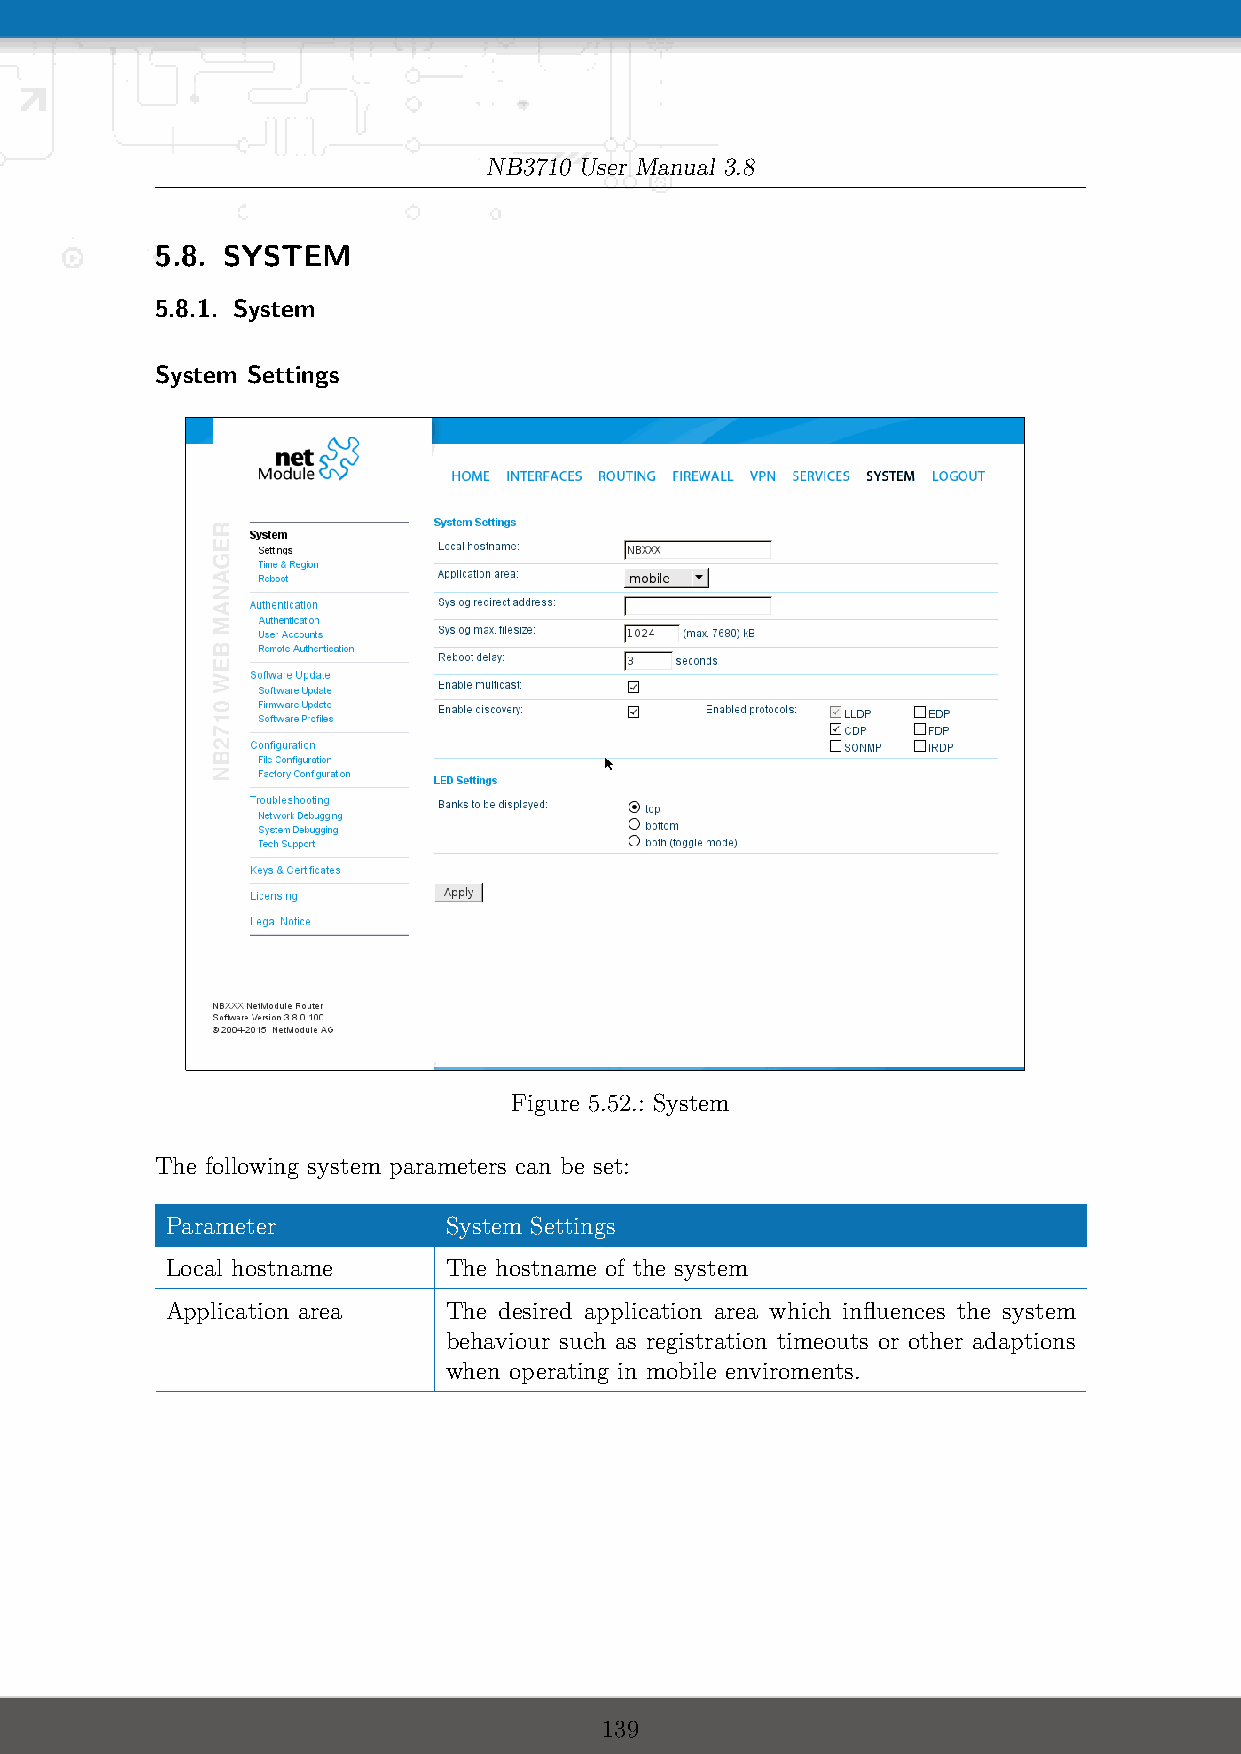
NB3710 User Manual 3.8
 5.8. SYSTEM
 5.8.1. System
 System Settings
 Figure 5.52.: System
 The following system parameters can be set:
 Parameter         System Settings
 Local hostname    The hostname of the system
 Application area  The desired application area which influences the system
 behaviour such as registration timeouts or other adaptions
 when operating in mobile enviroments.
 139